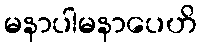
မနာပါမနာပေဟိ